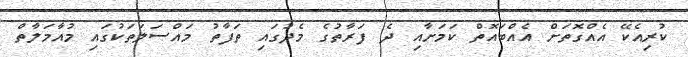
ކުރިއެކޭ އެއްގޮތަށް އެއްބައޮތް ކަމަށާއި ދެ ފަރާތުގެ މެދުގައި ތަފާތު މައްސަލަތަކުގައި މުއާމަލާތް